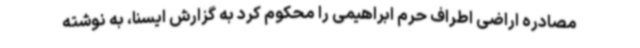
مصادره اراضی اطراف حرم ابراهیمی را محکوم کرد به گزارش ایسنا، به نوشته